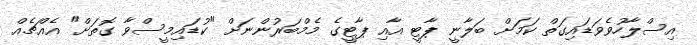
އިސްލާހުވެވަޑައިގަތް ކަމަށް ބަލާނީ ޕާޓީ އާއި ޕާޓީގެ މެމްބަރުންނަށް "ކުޑައިމީސްވާ ގޮތަށް" އެއްޗެއް